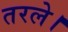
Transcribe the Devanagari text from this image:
तरले।